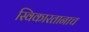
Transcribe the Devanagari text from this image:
स्विकारतानाच